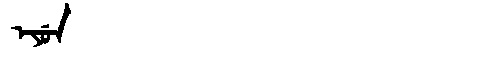
Manchu: ᡝᠶᡠᠨ
Romanization: EYUN